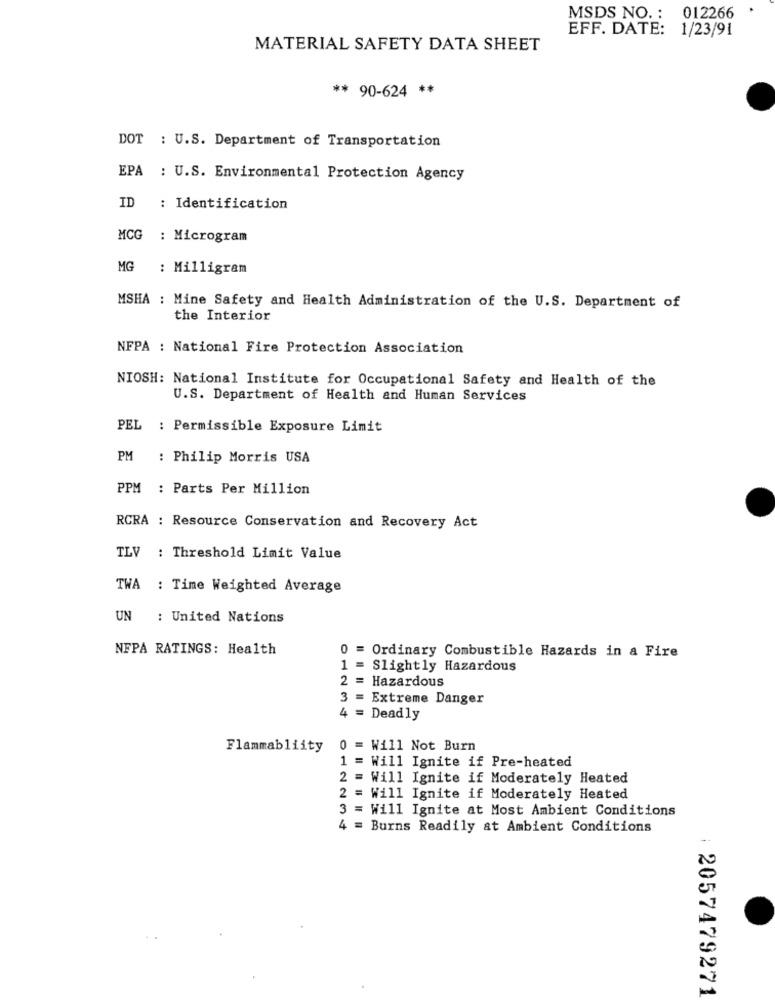
MSDS NO. : 012266
EFF. DATE: 1/23/91
MATERIAL SAFETY DATA SHEET
** 90-624 **
DOT : U.S. Department of Transportation
EPA : U.S. Environmental Protection Agency
ID
: Identification
MCG
: Microgram
MG
: Milligram
MSHA : Mine Safety and Health Administration of the U.S. Department of
the Interior
NFPA : National Fire Protection Association
NIOSH: National Institute for Occupational Safety and Health of the
U.S. Department of Health and Human Services
PEL
: Permissible Exposure Limit
PM
: Philip Morris USA
PPM : Parts Per Million
RCRA : Resource Conservation and Recovery Act
TLV : Threshold Limit Value
TWA : Time Weighted Average
UN : United Nations
NFPA RATINGS: Health
0 = Ordinary Combustible Hazards in a Fire
1 = Slightly Hazardous
Hazardous
3 =
Extreme Danger
4 = Deadly
Flammabliity
0 = Will Not Burn
1 = Will Ignite if Pre-heated
2 = Will Ignite if Moderately Heated
2 = Will Ignite if Moderately Heated
3 = Will Ignite at Most Ambient Conditions
4 = Burns Readily at Ambient Conditions
: 2057479271